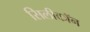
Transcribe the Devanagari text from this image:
सिलीकॉन